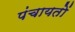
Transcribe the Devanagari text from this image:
पंचायताें